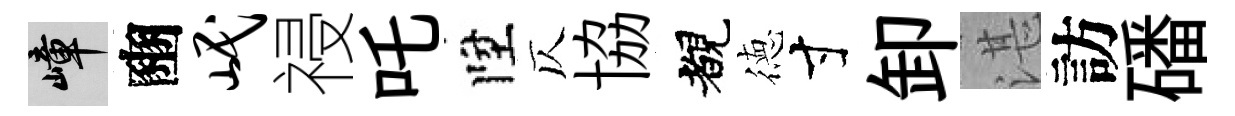
嶂豳岷祲吒陞仄協覩徳寸卸湛訪磻